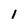
Character: 1